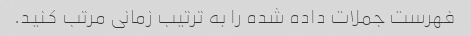
فهرست جملات داده شده را به ترتیب زمانی مرتب کنید.